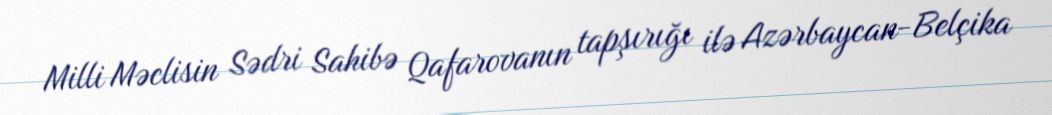
Milli Məclisin Sədri Sahibə Qafarovanın tapşırığı ilə Azərbaycan-Belçika